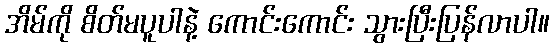
အိမ်ကို စိတ်မပူပါနဲ့ ကောင်းကောင်း သွားပြီးပြန်လာပါ။